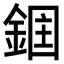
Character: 𮢉